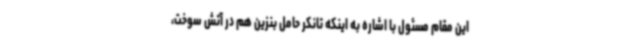
این مقام مسئول با اشاره به اینکه تانکر حامل بنزین هم در آتش سوخت،